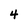
Character: 4